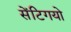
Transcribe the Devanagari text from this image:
सेंटिगयो